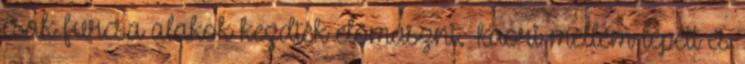
csak furcsa alakok kezdtek előmászni. Kaori mellém lépett és